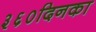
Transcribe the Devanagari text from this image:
३६०दिनका